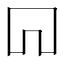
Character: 𠕄